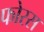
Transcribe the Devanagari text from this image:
फोरस